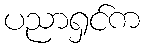
ပညာရှင်က